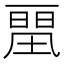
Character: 𰀛